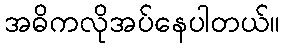
အဓိကလိုအပ်နေပါတယ်။